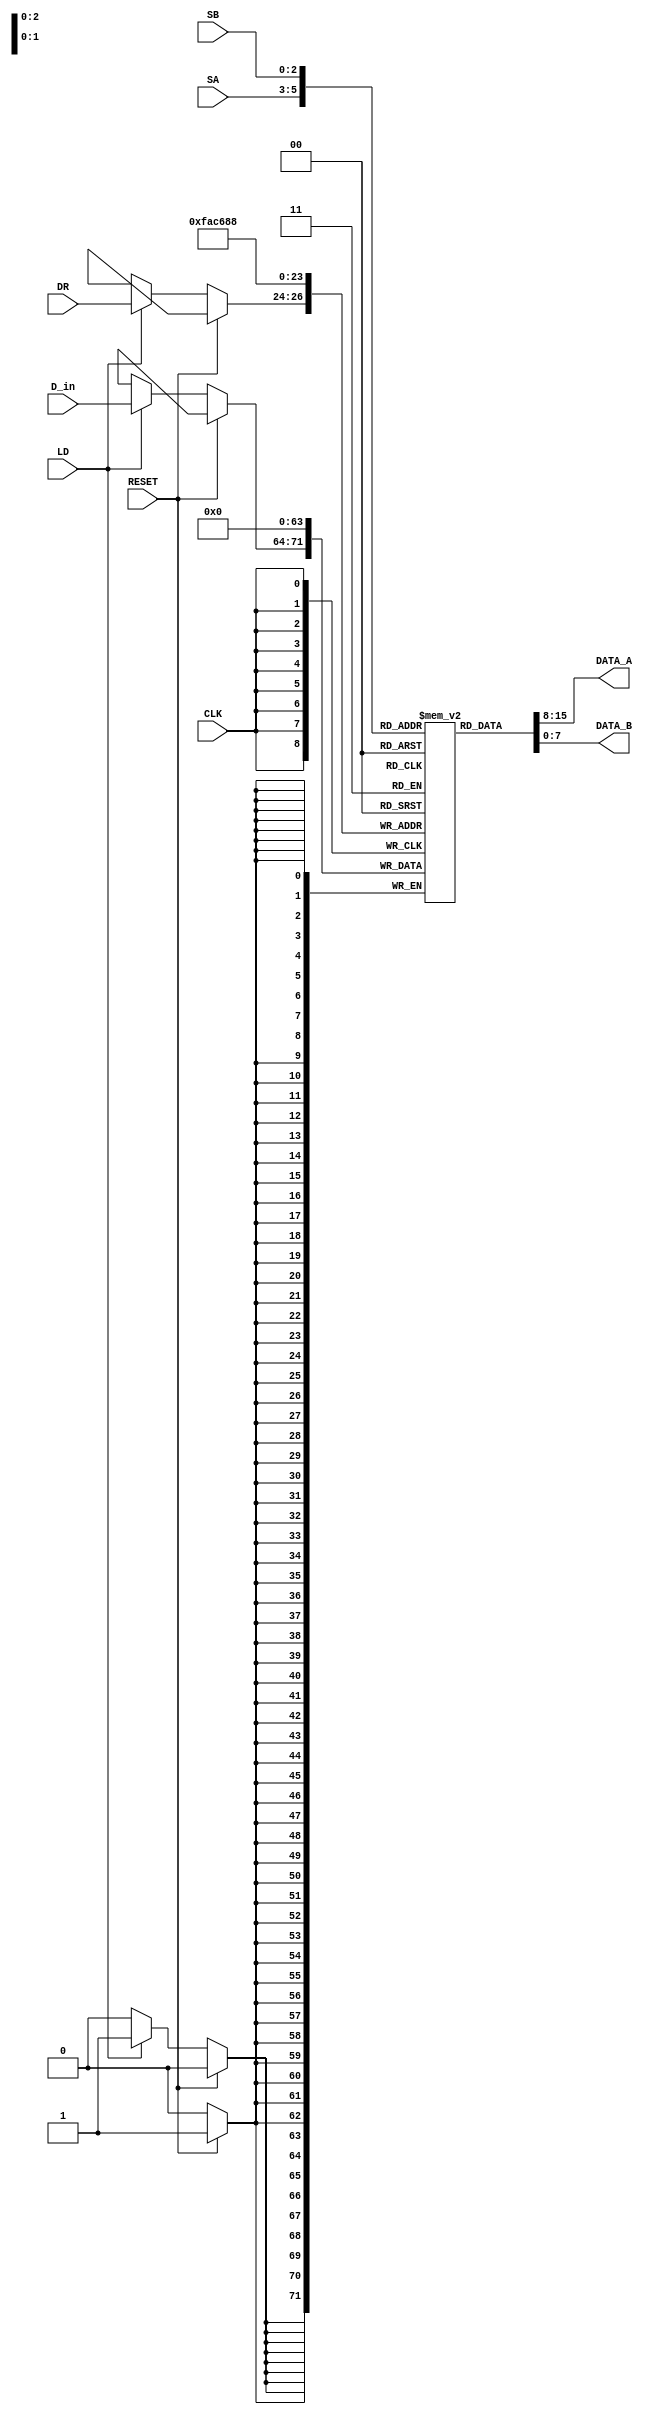
module reg_file(CLK, RESET, SA, SB, LD, DR, D_in, DATA_A, DATA_B);
	input 		 LD, RESET, CLK;
	input  [2:0] SA, SB, DR;
	input  [7:0] D_in;
	output [7:0] DATA_A, DATA_B;
	integer 		 i;

	reg   [7:0] mem [7:0]; // 8-bit wide address
	
	always @(posedge CLK) begin
		if(RESET) begin
			for(i = 0; i < 8; i = i+1) begin
				mem[i] <= 8'b00000000;
			end
		end	
		else begin
			if(LD) begin
			  // i = 0;
				mem[DR] <= D_in;
			end
		end
	end
	
	
	assign DATA_A = mem[SA];
	assign DATA_B = mem[SB];
	
endmodule